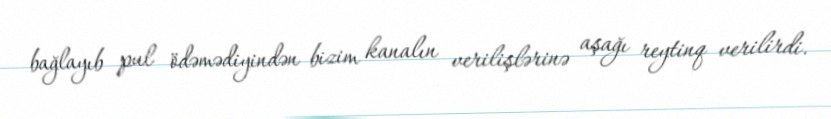
bağlayıb pul ödəmədiyindən bizim kanalın verilişlərinə aşağı reytinq verilirdi.